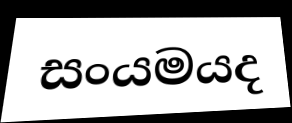
සංයමයද